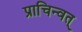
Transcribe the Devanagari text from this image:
प्राचिन्वत्‌